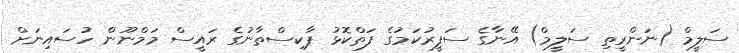
ސަލީމް (ނަންރީތި ސަލީމް) އޭނާގެ ސަފީރުކަމުގެ ފަތްކޮޅު ޕާކިސްތާނުގެ ރައީސް މަމްނޫން ހުސައިނަށް